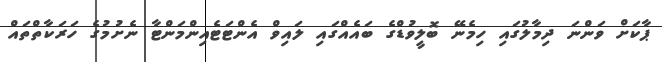
ޕާކަށް ވަންނަ ދިމާލުގައި ހިމެނޭ ބޮލީވުޑްގެ ބައެއްގައި ލައިވް އެންޓަޓެއިންމަންޓާ ނެށުމުގެ ހަރަކާތްތައް